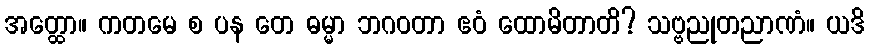
အတ္ထော။ ကတမေ စ ပန တေ ဓမ္မာ ဘဂဝတာ ဧဝံ ထောမိတာတိ? သဗ္ဗညုတညာဏံ။ ယဒိ